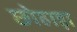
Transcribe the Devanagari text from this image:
छोहाड़ा